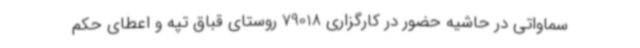
سماواتی در حاشیه حضور در کارگزاری 79018 روستای قباق تپه و اعطای حکم